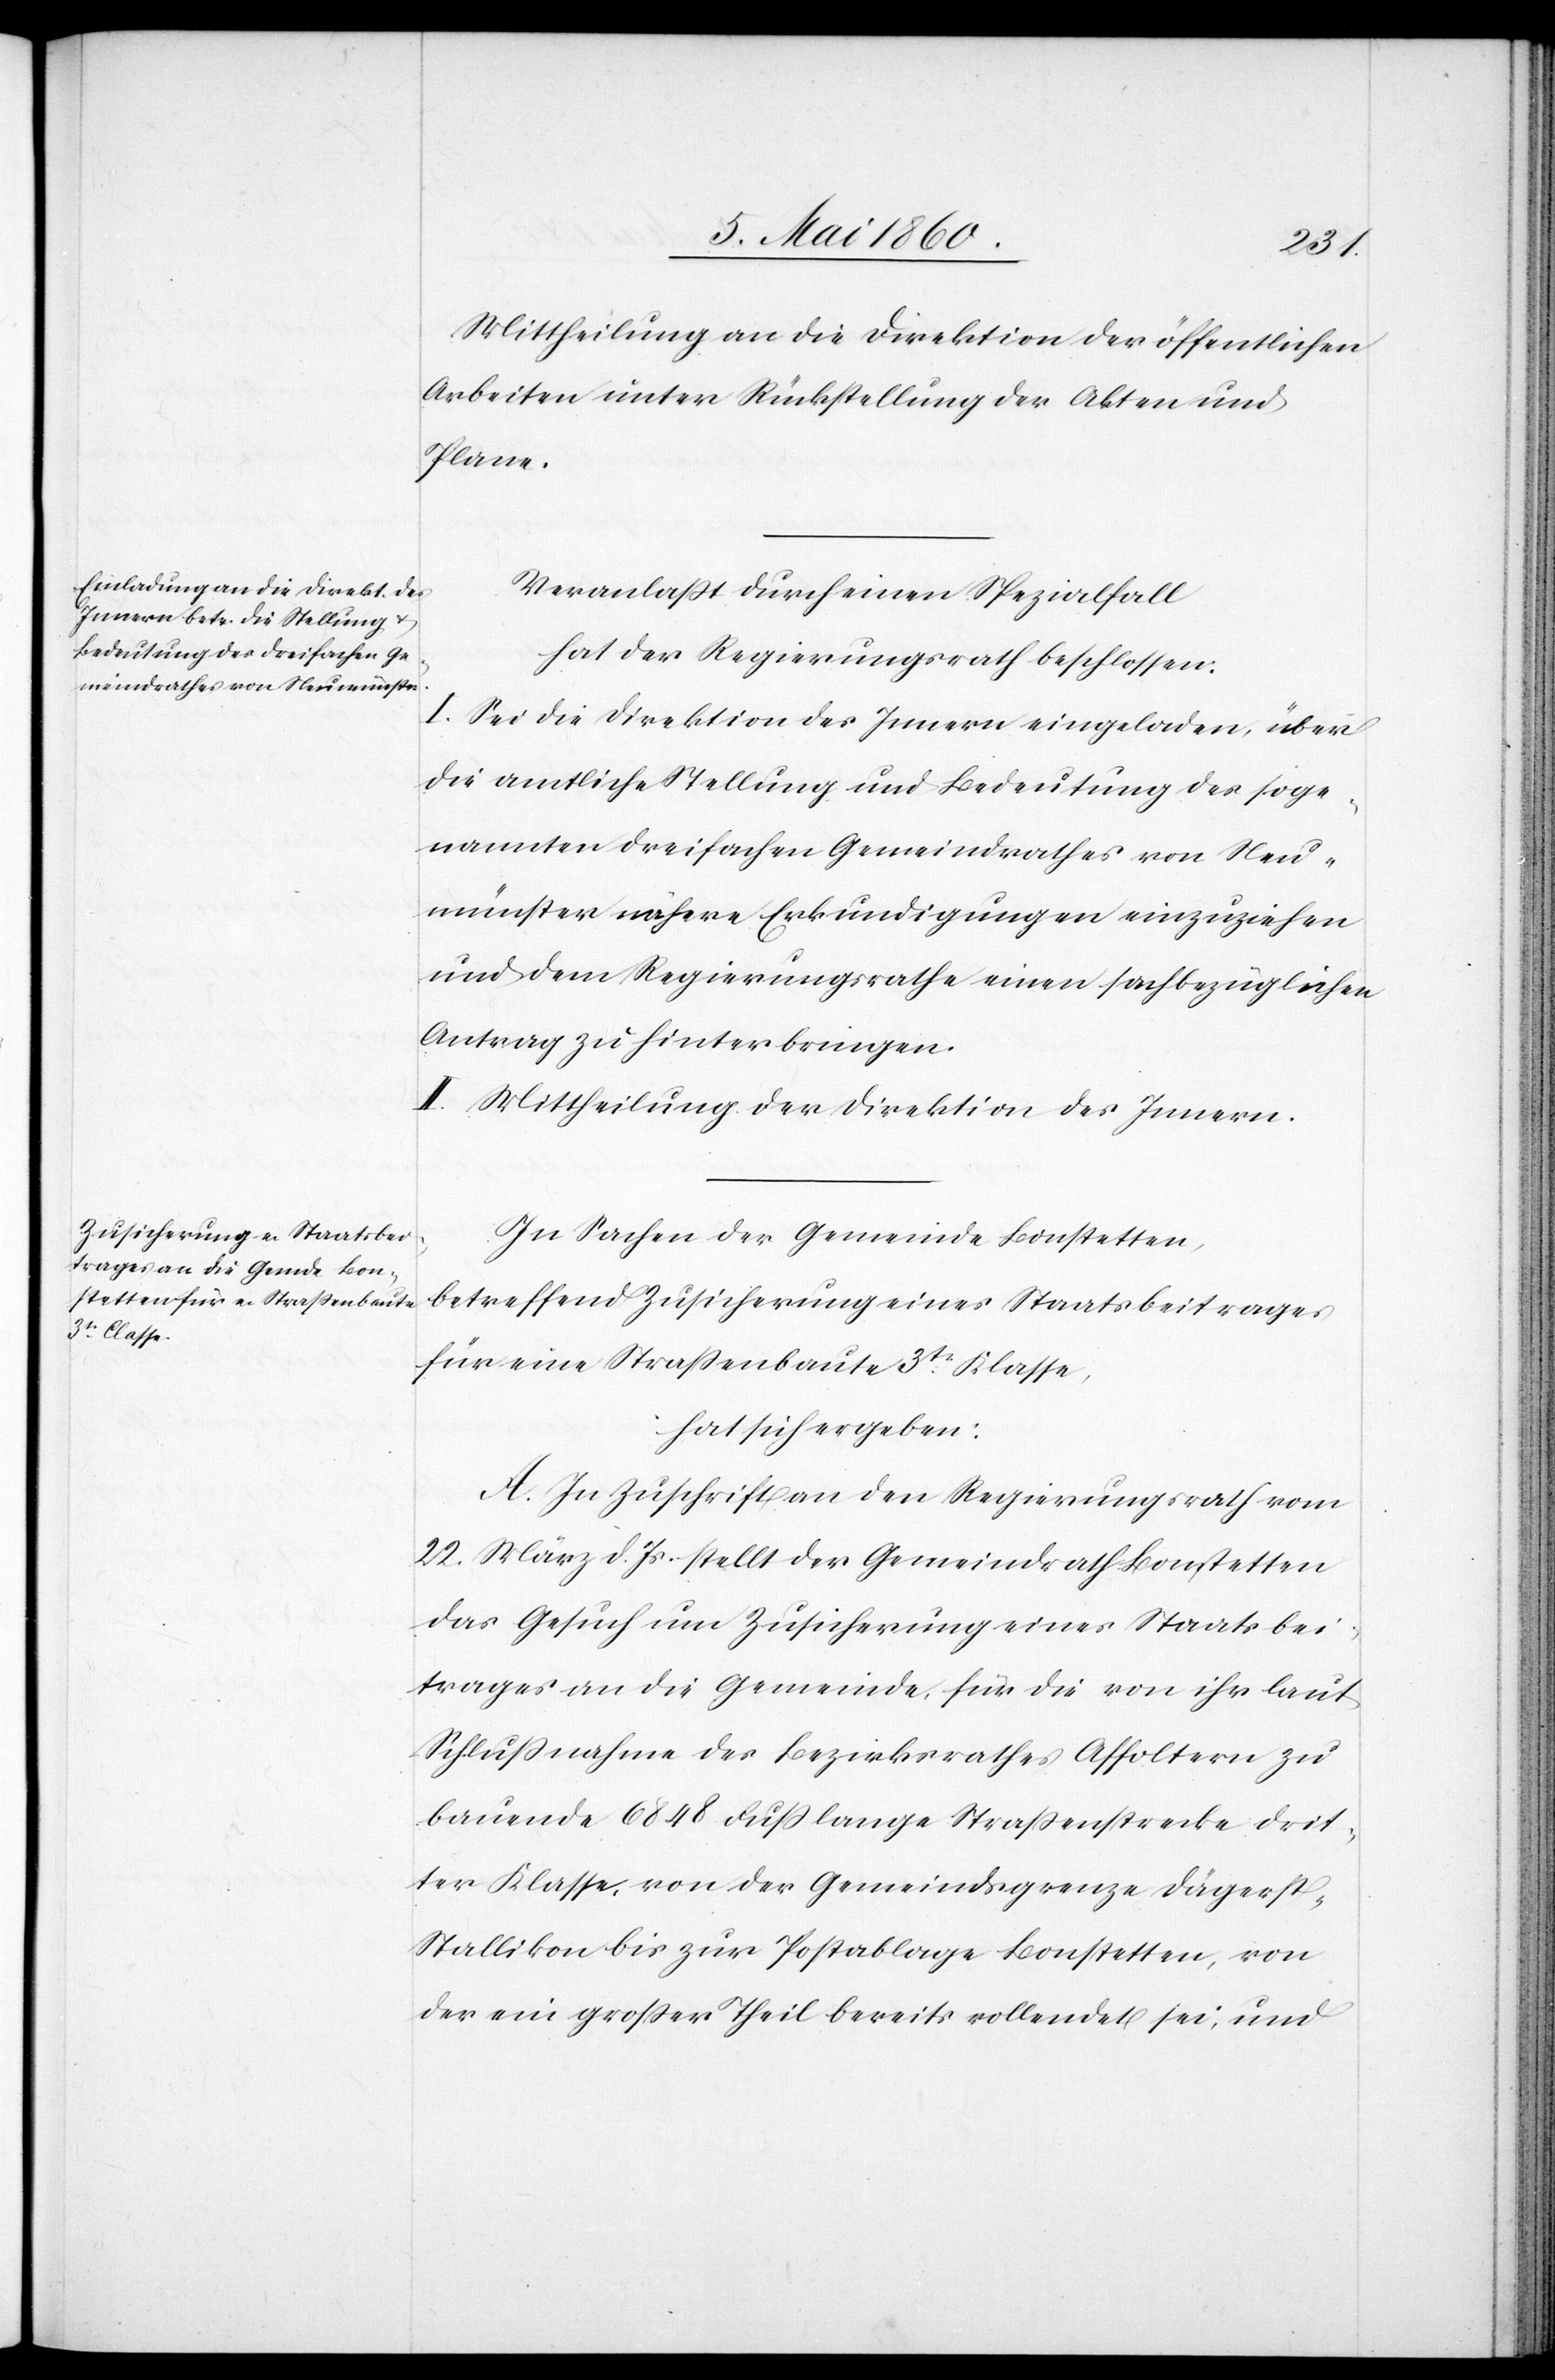
Mittheilung an die Direktion der öffentlichen
Arbeiten unter Rückstellung der Akten und
Plane.
Veranlasst durch einen Spezialfall
hat der Regierungsrath beschlossen:
I. Sei die Direktion des Innern eingeladen, über
die amtliche Stellung und Bedeutung des soge¬
nannten dreifachen Gemeindrathes von Neu¬
münster nähere Erkundigungen einzuziehen
und dem Regierungsrathe einen sachbezüglichen
Antrag zu hinterbringen.
II. Mittheilung der Direktion des Innern.
In Sachen der Gemeinde Bonstetten,
betreffend Zusicherung eines Staatsbeitrages
für eine Strassenbaute 3tr Klasse,
hat sich ergeben:
A. In Zuschrift an den Regierungsrath vom
22. März d. Js. stellt der Gemeindrath Bonstetten
das Gesuch um Zusicherung eines Staatsbei¬
trages an die Gemeinde, für die von ihr laut
Schlussnahme des Bezirksrathes Affoltern zu
bauende 6848 Fuss lange Strassenstrecke drit¬
ter Klasse, von der Gemeindsgrenze Dägers¬
t-Stallikon bis zur Postablage Bonstetten, von
der ein grosser Theil bereits vollendet sei, und